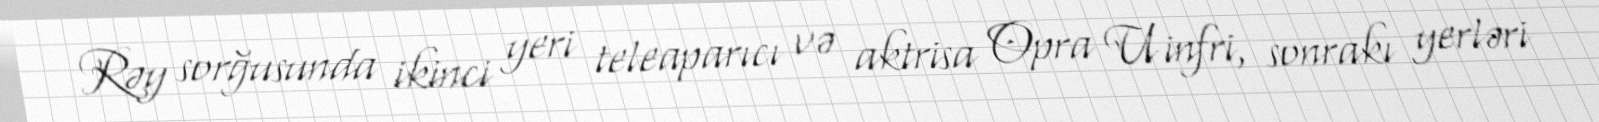
Rəy sorğusunda ikinci yeri teleaparıcı və aktrisa Opra Uinfri, sonrakı yerləri